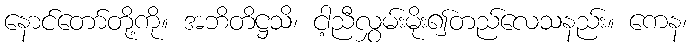
နောင်တော်တို့ကို။ အဘိတိဋ္ဌသိ၊ ငါ့ညီလွှမ်းမိုး၍တည်လေသနည်း။ ကေန၊